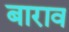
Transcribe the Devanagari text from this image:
बाराव